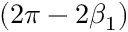
( 2 \pi - 2 \beta _ { 1 } )